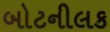
બોટનીલક